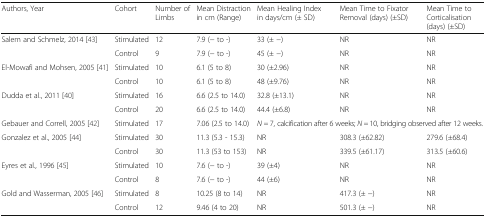
<table><thead><tr><td><b>Authors, Year</b></td><td><b>Cohort</b></td><td><b>Number of Limbs</b></td><td><b>Mean Distraction in cm (Range)</b></td><td><b>Mean Healing Index in days/cm (± SD)</b></td><td><b>Mean Time to Fixator Removal (days) (±SD)</b></td><td><b>Mean Time to Corticalisation (days) (±SD)</b></td></tr></thead><tbody><tr><td rowspan="2">Salem and Schmelz, 2014 [43]</td><td>Stimulated</td><td>12</td><td>7.9 (− to -)</td><td>33 (± −)</td><td>NR</td><td>NR</td></tr><tr><td>Control</td><td>9</td><td>7.9 (− to -)</td><td>45 (± −)</td><td>NR</td><td>NR</td></tr><tr><td rowspan="2">El-Mowafi and Mohsen, 2005 [41]</td><td>Stimulated</td><td>10</td><td>6.1 (5 to 8)</td><td>30 (±2.96)</td><td>NR</td><td>NR</td></tr><tr><td>Control</td><td>10</td><td>6.1 (5 to 8)</td><td>48 (±9.76)</td><td>NR</td><td>NR</td></tr><tr><td rowspan="2">Dudda et al., 2011 [40]</td><td>Stimulated</td><td>16</td><td>6.6 (2.5 to 14.0)</td><td>32.8 (±13.1)</td><td>NR</td><td>NR</td></tr><tr><td>Control</td><td>20</td><td>6.6 (2.5 to 14.0)</td><td>44.4 (±6.8)</td><td>NR</td><td>NR</td></tr><tr><td>Gebauer and Correll, 2005 [42]</td><td>Stimulated</td><td>17</td><td>7.06 (2.5 to 14.0)</td><td colspan="3"><i>N =</i> 7, calcification after 6 weeks; <i>N =</i> 10, bridging observed after 12 weeks.</td></tr><tr><td rowspan="2">Gonzalez et al., 2005 [44]</td><td>Stimulated</td><td>30</td><td>11.3 (5.3 - 15.3)</td><td>NR</td><td>308.3 (±62.82)</td><td>279.6 (±68.4)</td></tr><tr><td>Control</td><td>30</td><td>11.3 (53 to 153)</td><td>NR</td><td>339.5 (±61.17)</td><td>313.5 (±60.6)</td></tr><tr><td rowspan="2">Eyres et al., 1996 [45]</td><td>Stimulated</td><td>10</td><td>7.6 (− to -)</td><td>39 (±4)</td><td>NR</td><td>NR</td></tr><tr><td>Control</td><td>8</td><td>7.6 (− to -)</td><td>44 (±6)</td><td>NR</td><td>NR</td></tr><tr><td rowspan="2">Gold and Wasserman, 2005 [46]</td><td>Stimulated</td><td>8</td><td>10.25 (8 to 14)</td><td>NR</td><td>417.3 (± −)</td><td>NR</td></tr><tr><td>Control</td><td>12</td><td>9.46 (4 to 20)</td><td>NR</td><td>501.3 (± −)</td><td>NR</td></tr></tbody></table>